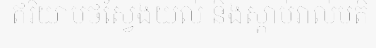
ឥរិយាបថស្វែងយល់ និងស្តាប់រាល់មតិ